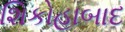
શિકોહાબાદ